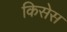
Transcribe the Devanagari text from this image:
किसेस